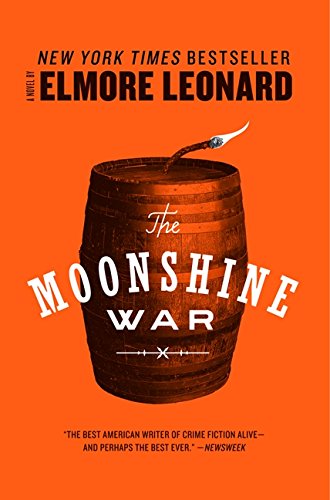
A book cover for The Moonshine War: A Novel; Elmore Leonard; Literature & Fiction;